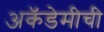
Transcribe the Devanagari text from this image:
अकॅडेमीची